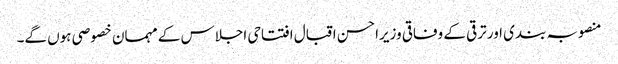
منصوبہ بندی اور ترقی کے وفاقی وزیراحسن اقبال افتتاحی اجلاس کے مہمان خصوصی ہوں گے۔